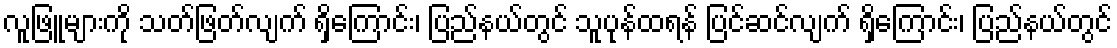
လူဖြူများကို သတ်ဖြတ်လျက် ရှိကြောင်း၊ ပြည်နယ်တွင် သူပုန်ထရန် ပြင်ဆင်လျက် ရှိကြောင်း၊ ပြည်နယ်တွင်